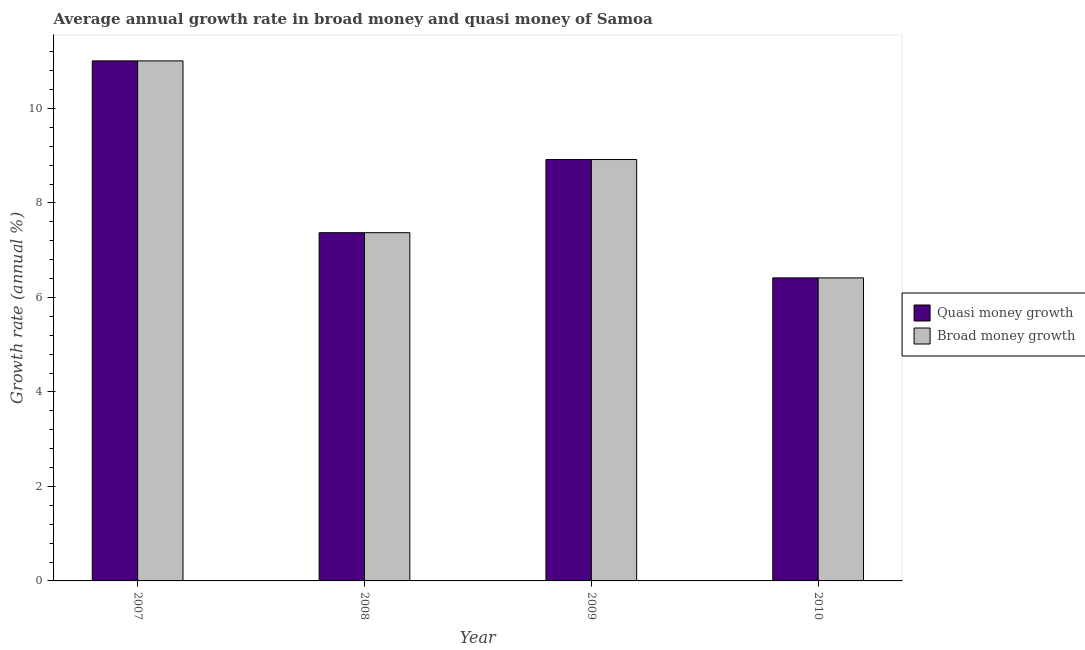
| Year | Quasi money growth | Broad money growth |
 | --- | --- | --- |
 | 2007 | 11 | 11 |
 | 2008 | 7.37 | 7.37 |
 | 2009 | 8.92 | 8.92 |
 | 2010 | 6.41 | 6.41 |